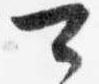
可